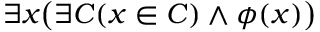
\exists x { \bigl ( } \exists C ( x \in C ) \land \phi ( x ) { \bigr ) }